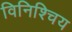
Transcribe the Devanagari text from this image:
विनिश्चिय